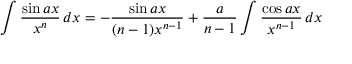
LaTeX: \int { \frac { \sin a x } { x ^ { n } } } \, d x = - { \frac { \sin a x } { ( n - 1 ) x ^ { n - 1 } } } + { \frac { a } { n - 1 } } \int { \frac { \cos a x } { x ^ { n - 1 } } } \, d x